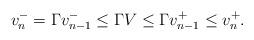
LaTeX: \begin{align*}v^-_n=\Gamma v_{n-1}^- \leq \Gamma V \leq \Gamma v_{n-1}^+\leq v^+_n.\end{align*}